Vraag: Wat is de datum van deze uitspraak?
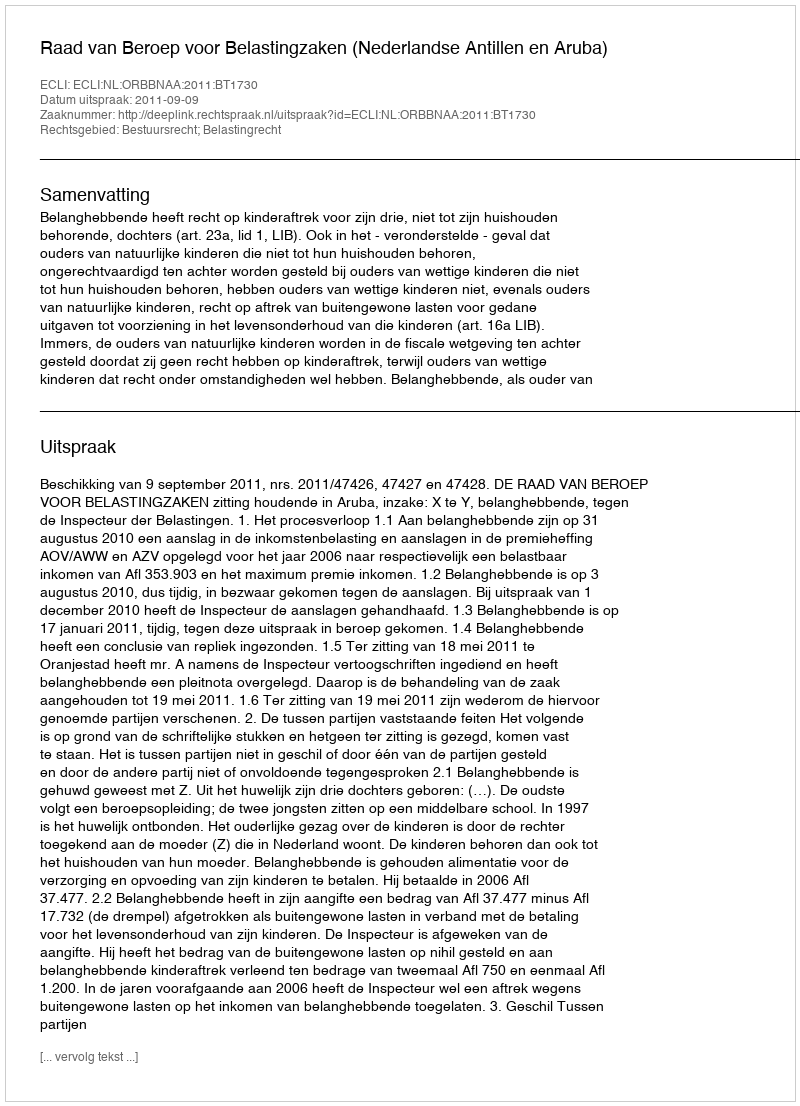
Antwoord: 2011-09-09